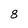
Character: 8